画像に写った文字を読んでください
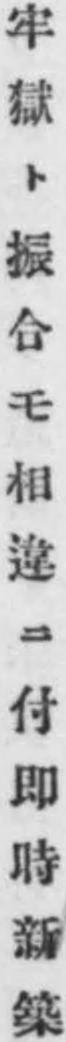
「牢獄ト振合モ相違ニ付即時新築」と書いてあります